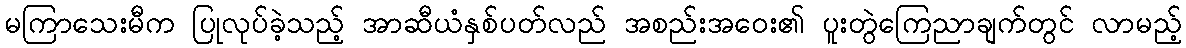
မကြာသေးမီက ပြုလုပ်ခဲ့သည့် အာဆီယံနှစ်ပတ်လည် အစည်းအဝေး၏ ပူးတွဲကြေညာချက်တွင် လာမည့်